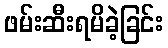
ဖမ်းဆီးရမိခဲ့ခြင်း